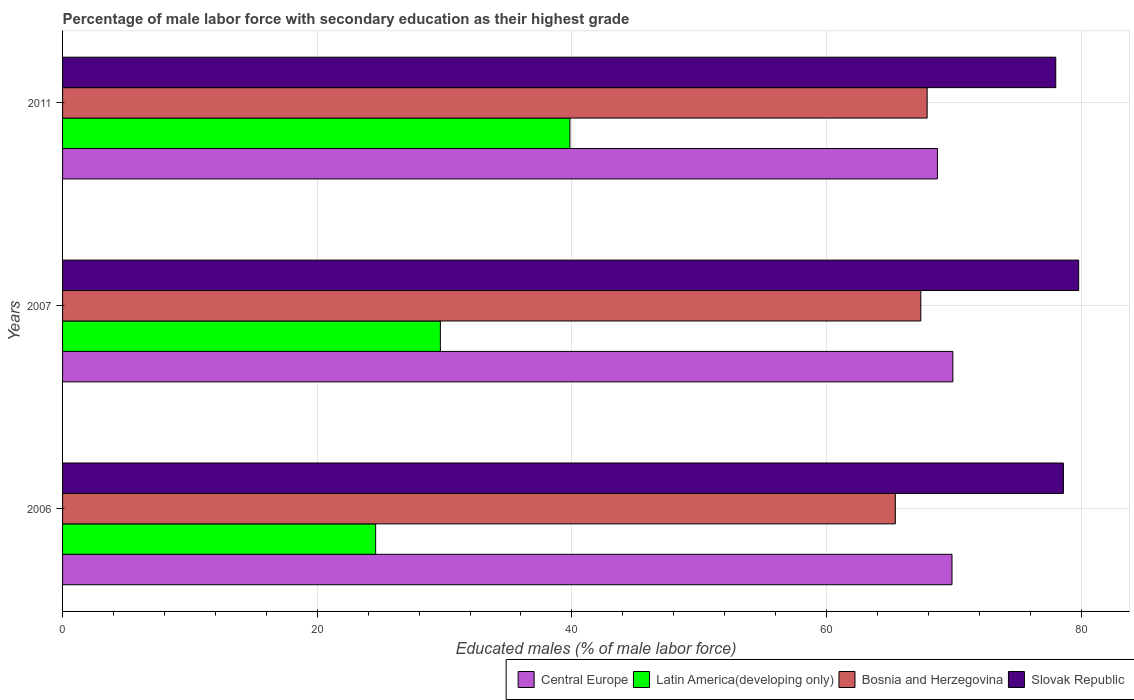
| Years | Central Europe | Latin America(developing only) | Bosnia and Herzegovina | Slovak Republic |
 | --- | --- | --- | --- | --- |
 | 2006 | 69.9 | 24.6 | 65.4 | 78.6 |
 | 2007 | 69.9 | 29.7 | 67.4 | 79.8 |
 | 2011 | 68.7 | 39.8 | 67.9 | 78 |